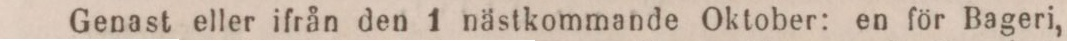
Genast eller ifrån den 1 nästkommande Oktober: en för Bageri,